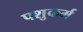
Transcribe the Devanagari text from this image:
पशुकर्म